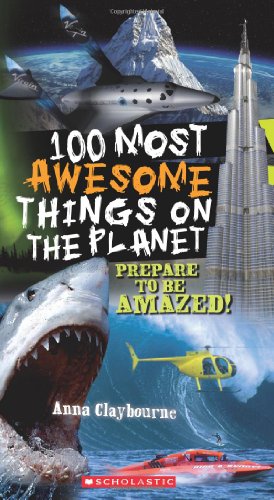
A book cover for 100 Most Awesome Things On The Planet; Anna Claybourne; Children's Books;